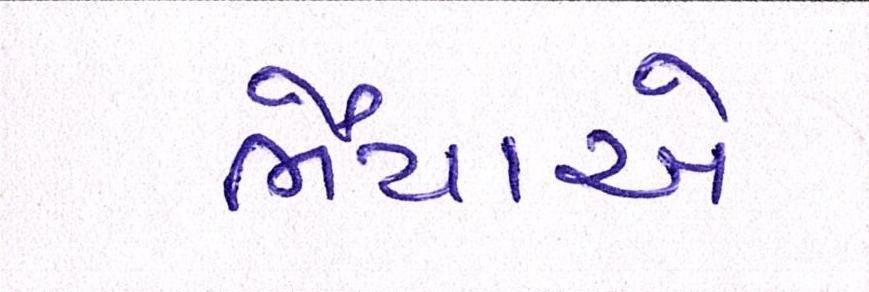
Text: ભૈયાએ